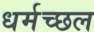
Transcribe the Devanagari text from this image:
धर्मच्छल